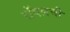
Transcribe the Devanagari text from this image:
रॉयलची